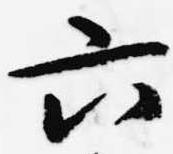
六